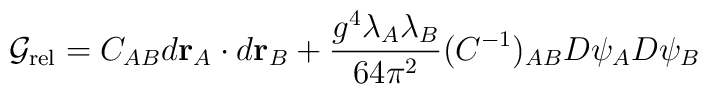
{\cal G}_{\rm rel} = C_{AB}d{\bf r}_A\cdot d{\bf r}_B  + \frac{g^4\lambda_A\lambda_B}{64\pi^2}(C^{-1})_{AB}D\psi_A D\psi_B